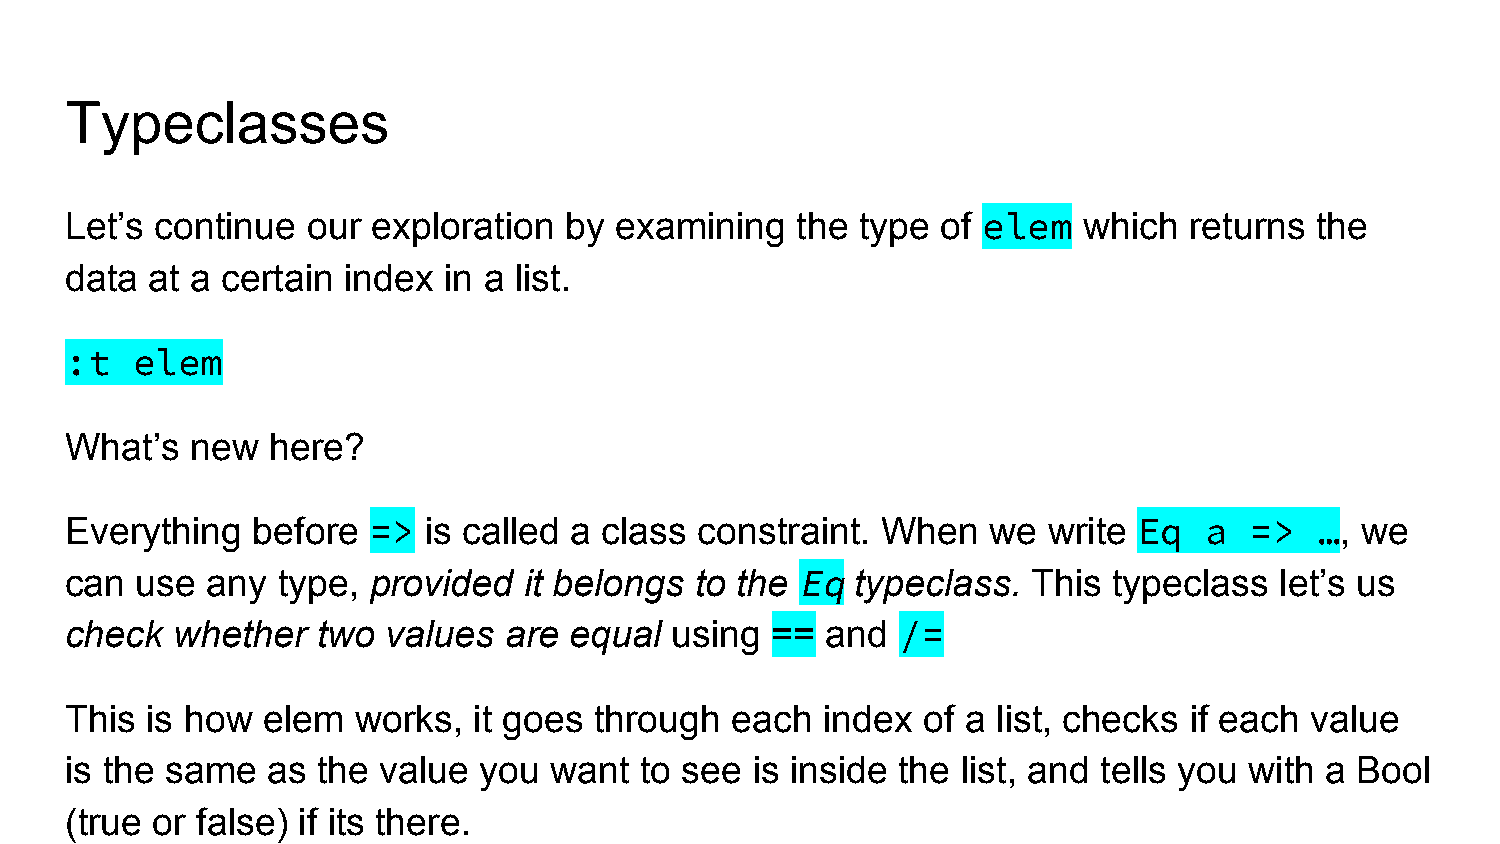
Typeclasses
 Let’s continue  our  exploration by  examining   the type of elem   which  returns the
 data  at a certain index in a list.
 :t   elem
 What’s   new  here?
 Everything   before =>  is called a class constraint. When    we write Eq   a  =>  …, we
 can  use  any type, provided   it belongs to the Eq  typeclass. This  typeclass  let’s us
 check  whether   two  values are  equal using  ==  and  /=
 This  is how elem  works,  it goes through  each   index of a list, checks if each value
 is the same   as the value  you want  to see  is inside the list, and tells you with a Bool
 (true or false) if its there.